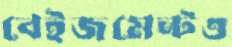
বেইজমেন্টও